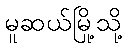
မူဆယ်မြို့သို့